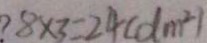
8 \times 3 = 2 4 ( d m ^ { 2 } )